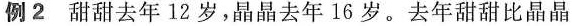
例2甜甜去年12岁，晶晶去年16岁。去年甜甜比晶晶